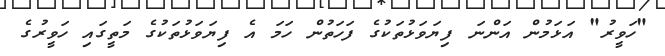
"ހަވީރު" އަޅަމުން އަންނަ ފިޔަވަޅުތަކުގެ ފަހަތުން ހަމަ އެ ފިޔަވަޅުތަކުގެ މަތީގައި ހަވީރުގެ